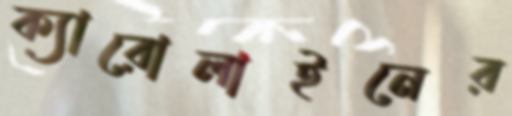
ক্যারোলাইনের